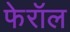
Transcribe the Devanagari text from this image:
फेरॉल